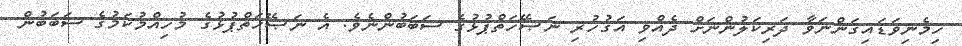
ހިމެނިވަޑައިގަންނަވާ ދަރިކަލުންނަށް ދެއްވި އަގުހުރި ނަޞޭހަތްޕުޅުގެ ސަބަބުންނެވެ. އެ ނަޞޭހަތްޕުޅުގެ މުހިއްމުކަމުގެ ސަބަބުން